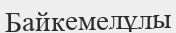
Байкемелұлы